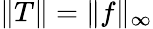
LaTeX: \| T\| =\| f\| _{\infty}